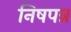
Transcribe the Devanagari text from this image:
निषपन्न